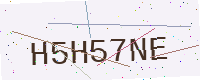
Text: H5H57NE